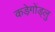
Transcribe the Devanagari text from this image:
कड़ेगोंड्लु